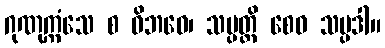
ဂုဏုက္ကံသေ စ ဝိဘဝေ၊ သမ္ပတ္တိ စေဝ သမ္ပဒါ။